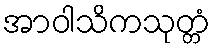
အာဝါသိကသုတ္တံ